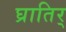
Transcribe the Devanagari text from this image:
घ्रातिर्